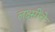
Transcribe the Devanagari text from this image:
लक्ष्मींचे